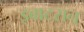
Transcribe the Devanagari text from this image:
इबाटसन